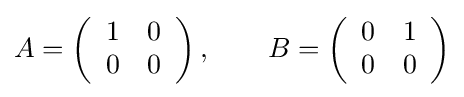
A=\left({\begin{array}{cc}1&0\\0&0\end{array}}\right),\qquad B=\left({\begin{array}{cc}0&1\\0&0\end{array}}\right)